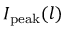
I _ { \mathrm { p e a k } } ( l )